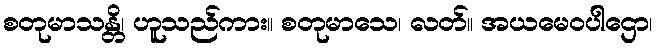
စတုမာသန္တိ၊ ဟူသည်ကား။ စတုမာသေ၊ လတ်။ အယမေဝပါဌော၊